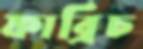
ফাব্রিচ